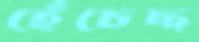
হেঁচেছ